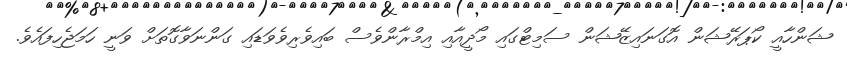
ޝަންހާއީ ކޯޕަރޭޝަން އޮގަނައިޒޭޝަން ސަމިޓްގައި މޯދީއާއި އިމްރާންވެސް ބައިވެރިވެވަޑައި ގަންނަވާގޮތަށް ވަނީ ހަމަޖެހިފައެވެ.